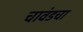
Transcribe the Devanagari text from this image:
चावंडचा